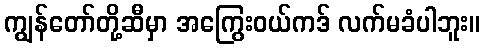
ကျွန်တော်တို့ဆီမှာ အကြွေးဝယ်ကဒ် လက်မခံပါဘူး။